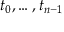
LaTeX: t _ { 0 } , \ldots , t _ { n - 1 }